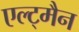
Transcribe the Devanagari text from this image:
एल्ट्मैन